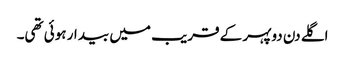
اگلے دن دوپہر کے قریب میں بیدار ہوئی تھی۔